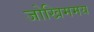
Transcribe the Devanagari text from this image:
जोखिममय